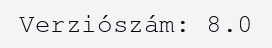
Verziószám: 8.0